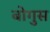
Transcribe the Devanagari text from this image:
बोगुस